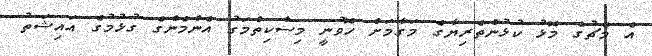
އެ މެޗުގެ މޮޅު ކުޅުންތެރިޔާގެ މަގާމަށް ހޮވުނީ މިސްކިތްމަގު އެންމެންގެ ގުޅުމުގެ އައިޝަތު